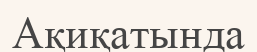
Ақиқатында